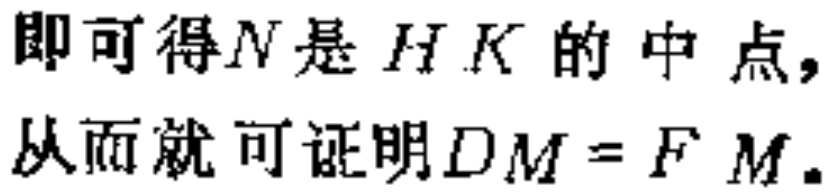
即可得\(N\)是\(HK\)的中点，从而就可证明\(DM = FM\)。